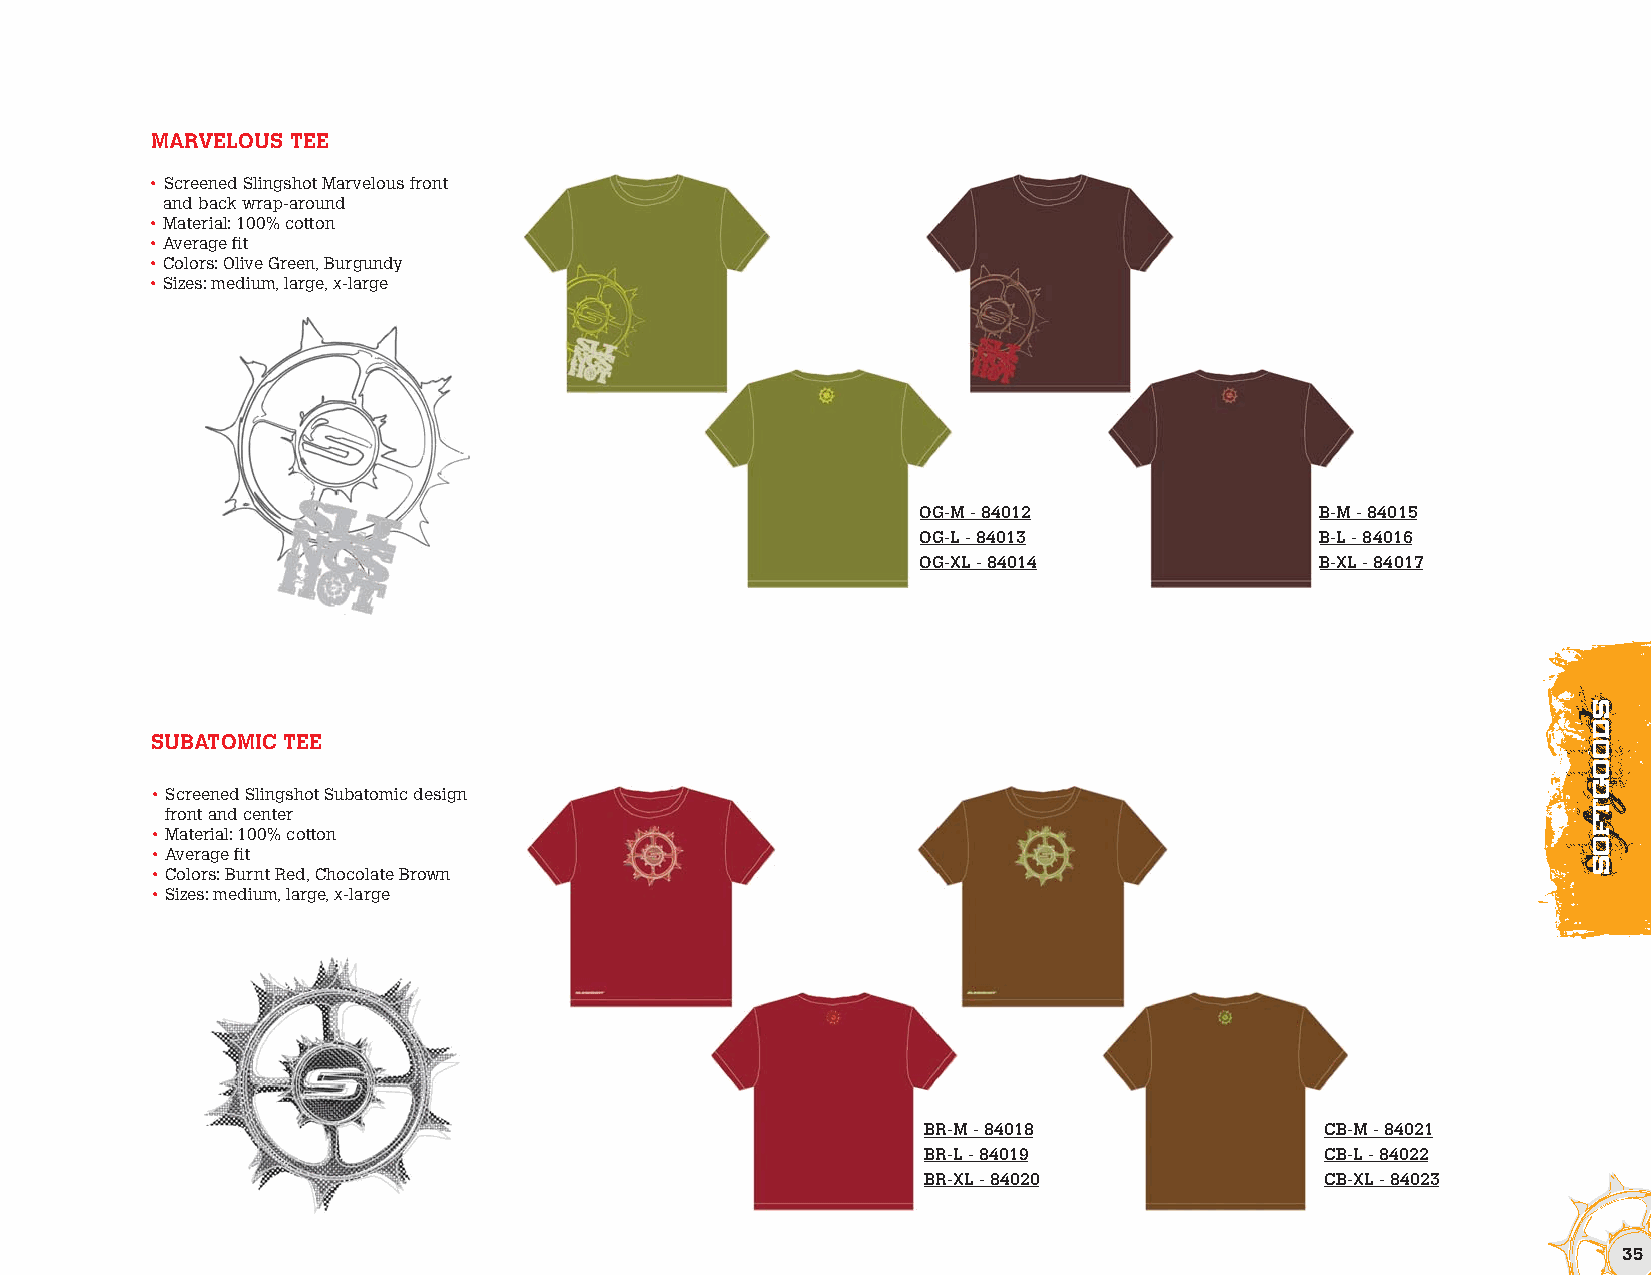
MARVELOUS TEE
 • Screened Slingshot Marvelous front
 and back wrap-around
 • Material: 100% cotton
 • Average fit
 • Colors: Olive Green, Burgundy
 • Sizes: medium, large, x-large
 OG-M - 84012              B-M - 84015
 OG-L - 84013              B-L - 84016
 OG-XL - 84014             B-XL - 84017
 SUBATOMICTEE
 • Screened Slingshot Subatomic design
 front and center
 • Material: 100% cotton
 • Average fit
 • Colors: Burnt Red, Chocolate Brown
 • Sizes: medium, large, x-large
 BR-M - 84018               CB-M - 84021
 BR-L - 84019               CB-L - 84022
 BR-XL - 84020              CB-XL - 84023
 35
 ssddooooggttffooSs